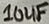
Text: 10uF